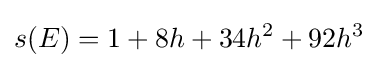
s(E)=1+8h+34h^{2}+92h^{3}